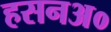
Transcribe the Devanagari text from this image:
हसनअ०